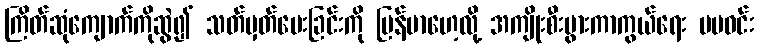
ကြိတ်ဆုံကျောက်ကိုဆွဲ၍ သတ်မှတ်ပေးခြင်းကို မြန်မာဟေ့လို့ အကျိုးစီးပွားကာကွယ်ရေး မမဝင်း